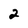
Character: 2